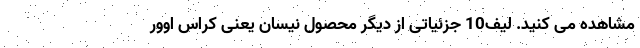
مشاهده می کنید. لیف10 جزئیاتی از دیگر محصول نیسان یعنی کراس اوور